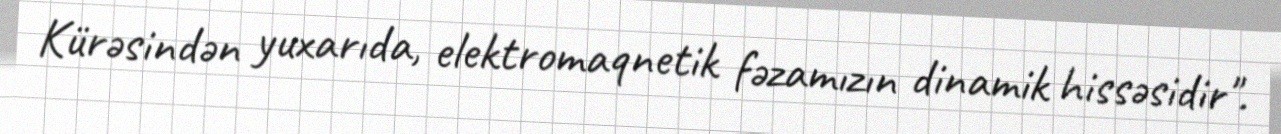
Kürəsindən yuxarıda, elektromaqnetik fəzamızın dinamik hissəsidir".